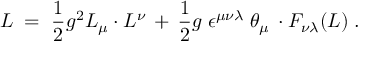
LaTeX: { \cal L } \; = \; \frac { 1 } { 2 } g ^ { 2 } L _ { \mu } \cdot L ^ { \nu } \, + \, \frac { 1 } { 2 } g \; \epsilon ^ { \mu \nu \lambda } \; \theta _ { \mu } \, \cdot F _ { \nu \lambda } ( L ) \; .